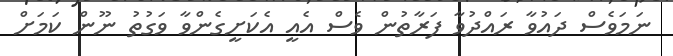
ނަމަވެސް ދައުވާ ރައްދުވާ ފަރާތުން ވެސް އެއީ އެކަށީގެންވާ ވަގުތު ނޫން ކަމަށް